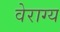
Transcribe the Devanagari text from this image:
वेराग्य